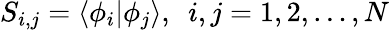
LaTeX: S_{i,j}=\langle\phi_{i}\vert\phi_{j}\rangle,~~i,j=1,2,\ldots,N